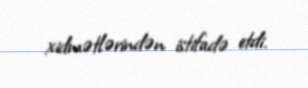
xidmətlərindən istifadə etdi.